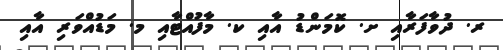
ރ. ދުވާފަރާއި ށ. ކޮމަންޑު އާއި ކ. މާފުއްޓާއި މ. މަޑުއްވަރި އާއި